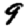
Digit: 9